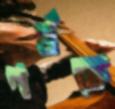
গর্বকে